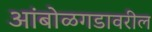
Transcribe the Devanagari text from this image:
आंबोळगडावरील